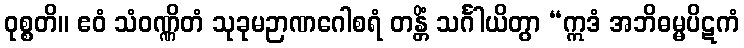
ဝုစ္စတိ။ ဧဝံ သံဝဏ္ဏိတံ သုခုမဉာဏဂေါစရံ တန္တိံ သင်္ဂါယိတွာ “ဣဒံ အဘိဓမ္မပိဋကံ